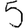
Digit: 5